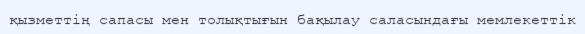
қызметтің сапасы мен толықтығын бақылау саласындағы мемлекеттік